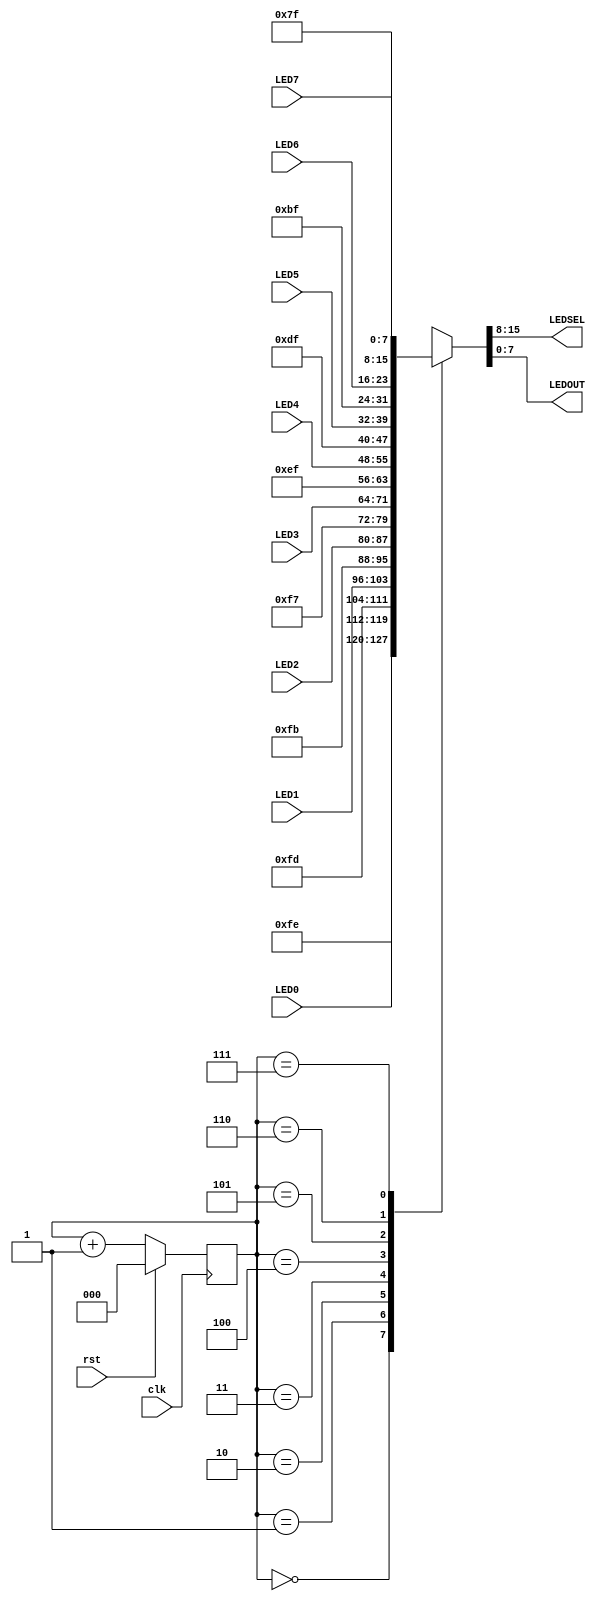
module led_mux
(input clk, rst, input [7:0] LED7, LED6, LED5, LED4, LED3, LED2, LED1, LED0,
output [7:0] LEDSEL, LEDOUT);
        reg [2:0]   index;
        reg [15:0]  led_ctrl;
        
        assign {LEDSEL, LEDOUT} = led_ctrl;
        
        always @ (posedge clk) index <= (rst) ? 3'b0 : (index + 3'd1);
        
        always @ (index, LED0, LED1, LED2, LED3, LED4, LED5, LED6, LED7)
        begin
                case (index)
                        0:      led_ctrl <= {8'b11111110, LED0};
                        1:      led_ctrl <= {8'b11111101, LED1};
                        2:      led_ctrl <= {8'b11111011, LED2};
                        3:      led_ctrl <= {8'b11110111, LED3};
                        4:      led_ctrl <= {8'b11101111, LED4};
                        5:      led_ctrl <= {8'b11011111, LED5};
                        6:      led_ctrl <= {8'b10111111, LED6};
                        7:      led_ctrl <= {8'b01111111, LED7};
                        default:led_ctrl <= {8'b11111111, 8'hFF};
                endcase
        end
endmodule